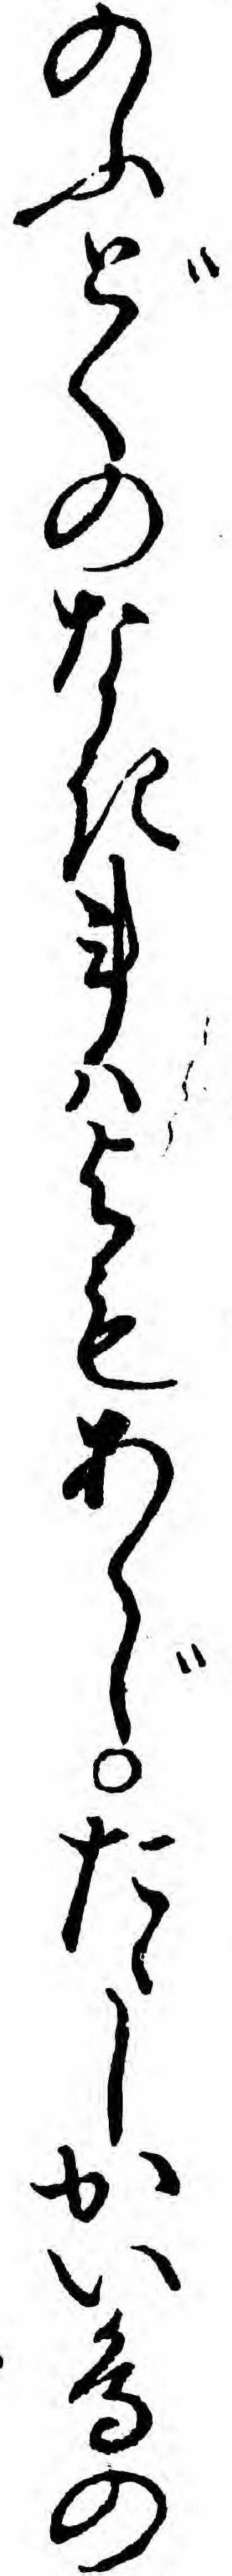
のふどくのなき事ハよもあらじたゝしかい鳥の